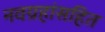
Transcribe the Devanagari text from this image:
नवग्रहांसहित